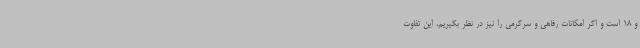
و 18 است و اگر امکانات رفاهی و سرگرمی را نیز در نظر بگیریم، این تفاوت